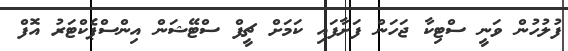
ފުލުހުން ވަނީ ސްޓިކާ ޖަހަން ފަށާފައި ކަމަށް ޗީފް ސްޓޭޝަން އިންސްޕެކްޓަރު އޮފް